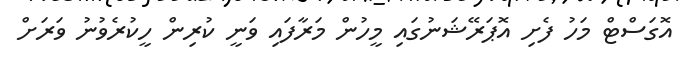
އޮގަސްޓް މަހު ފެށި އޮޕަރޭޝަނުގައި މީހުން މަރާފައި ވަނީ ކުރިން ހީކުރެވުނު ވަރަށް